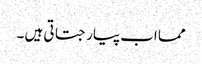
مما اب پیار جتاتی ہیں ۔